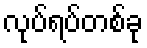
လုပ်ရပ်တစ်ခု